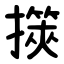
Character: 擌